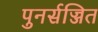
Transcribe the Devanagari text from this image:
पुनर्सज्जित